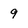
Character: 9